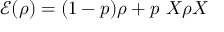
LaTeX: { \mathcal { E } } ( \rho ) = ( 1 - p ) \rho + p \ X \rho X